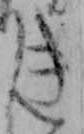
き